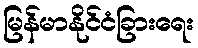
မြန်မာနိုင်ငံခြားရေး